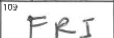
Transcription: FRI